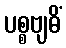
ပစ္စဗျဓိံ